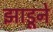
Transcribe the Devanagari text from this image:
झाडूने